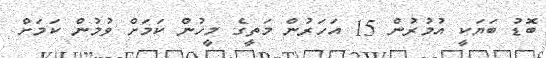
ބޮޑު ބަޔަކީ އުމުރުން 15 އަހަރުން މަތީގެ މީހުން ކަމަށް ވުމުން ކަމަށް